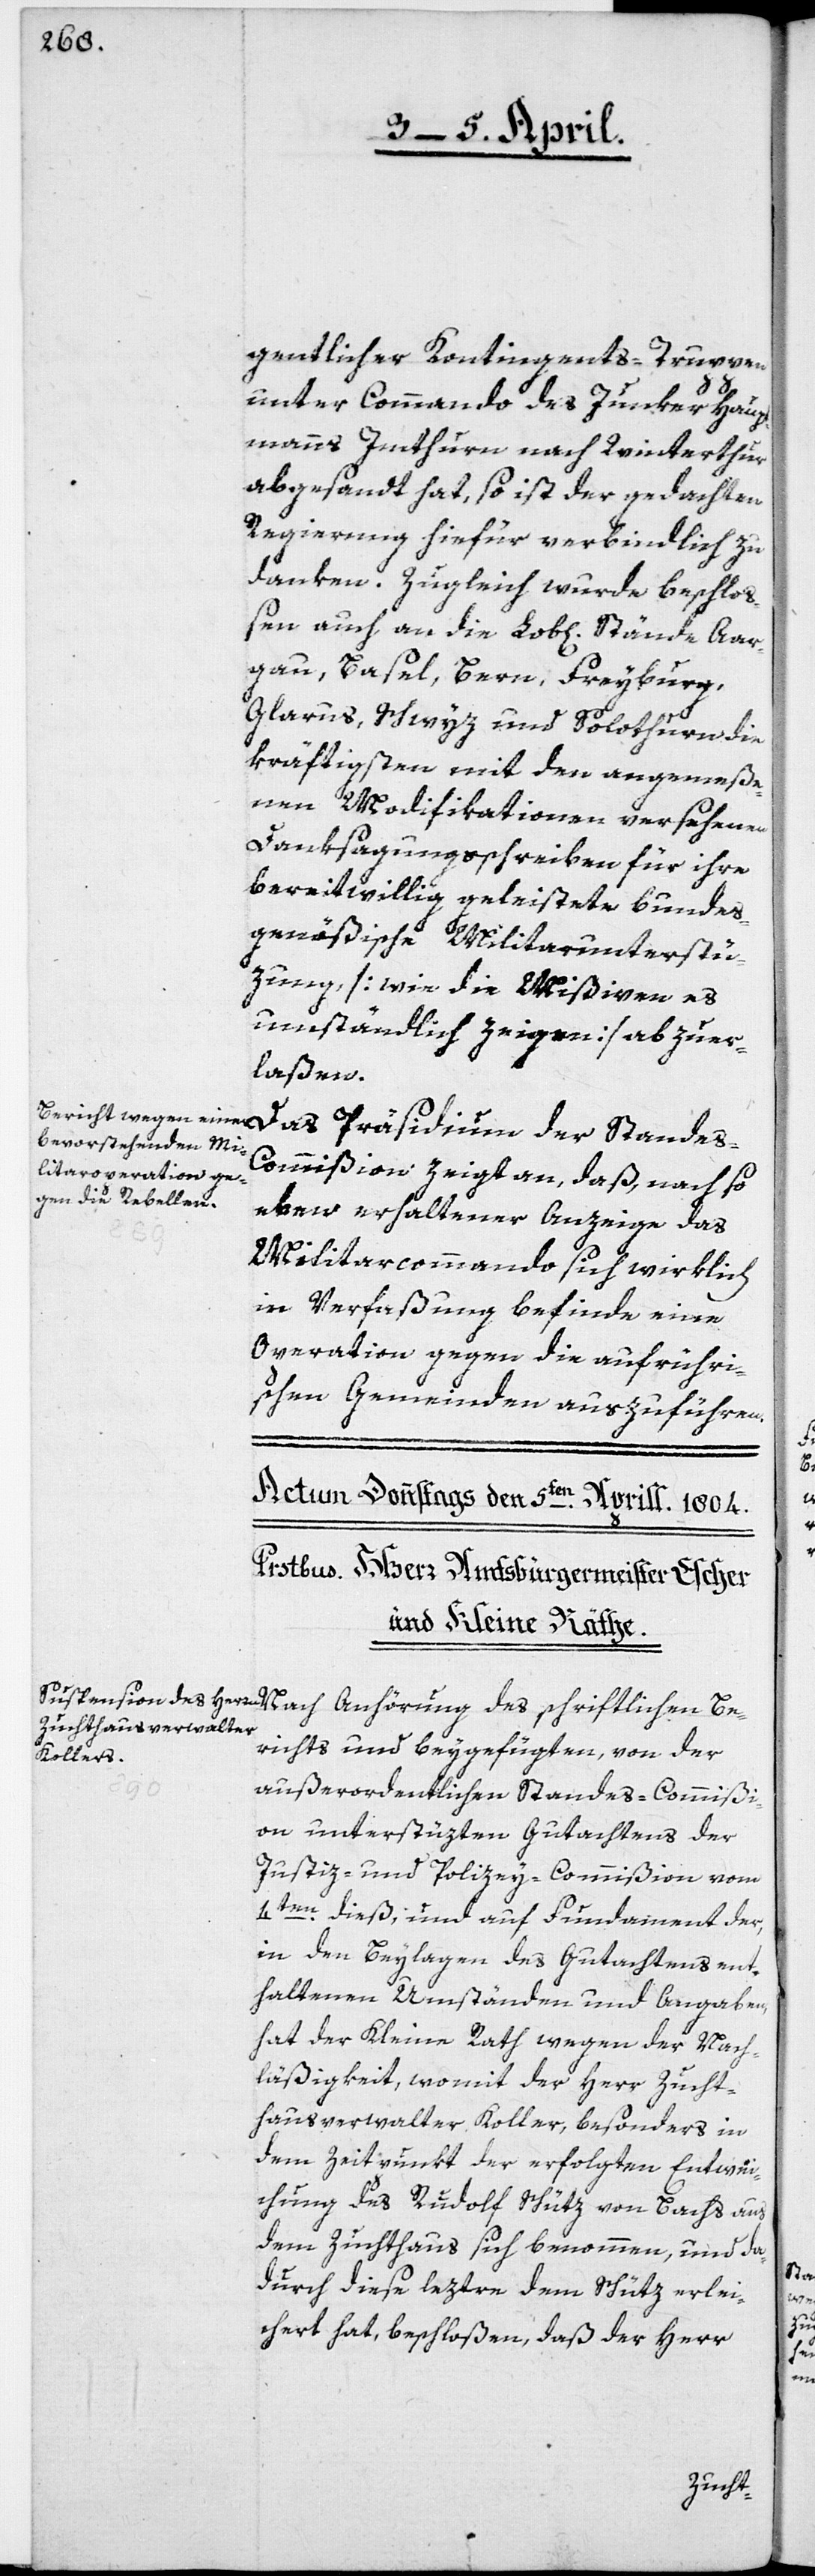
gentlicher Kontingents-Truppen
unter Commando des Junker Haupt¬
manns Imthurn nach Winterthur
abgesandt hat, so ist der gedachten
Regierung hiefür verbindlich zu
danken. Zugleich wurde beschloß¬
en, auch an die Lob[lichen] Stände Aar¬
gau, Basel, Bern, Freyburg,
Glarus, Schwyz und Solothurn die
kräftigsten mit den angemeße¬
nen Modificationen versehenen
Danksagungsschreiben für ihre
bereitwillig geleistete bundes¬
genößische Militarunterstü¬
zung [wie die Mißiven es
umständlich zeigen] ab zu er¬
laßen.
Das Präsidium der Standes-C¬
ommißion zeigt an, daß nach so
eben erhaltener Anzeige das
Militarcommando sich wirklich
in Verfaßung befinde, eine
Operation gegen die aufrühri¬
schen Gemeinden auszuführen.
richts und beygefügten, von der
Be¬
außerordentlichen Standes-Commißi¬
on unterstüzten Gutachtens der
Justiz- und Polizey-Commißion vom
4ten dieß, und auf Fundament der,
in den Beylagen des Gutachtens ent¬
haltenen Umständen und Angaben,
hat der Kleine Rath wegen der Nach¬
läßigkeit, womit der Herr Zucht¬
hausverwalter Koller, besonders in
dem Zeitpunkt der erfolgten Entwei¬
chung des Rudolf Schütz von Bachs aus
dem Zuchthaus sich benommen, und da¬
durch diese leztre dem Schütz erlei¬
chtert hat, beschlßen, daß der Herr